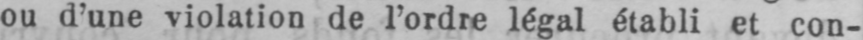
ou d’une violation de l’ordre légal établi et con-